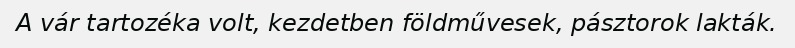
A vár tartozéka volt, kezdetben földművesek, pásztorok lakták.